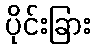
ပိုင်းခြား